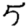
Digit: 5